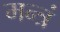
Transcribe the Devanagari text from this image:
मन्त्रं